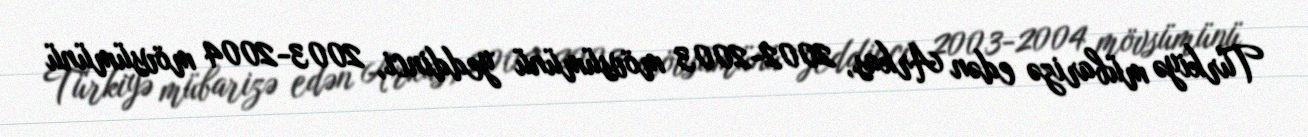
Türkiyə mübarizə edən Arkas, 2002-2003 mövsümünü yeddinci, 2003-2004 mövsümünü